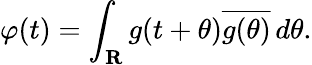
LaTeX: \varphi(t)=\int_{\mathbf{R}}g(t+\theta){\overline{{g(\theta)}}}\, d\theta.